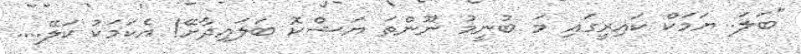
"ބަަލަ. ޔަމަކް ކައިރީގައި މަ ބުނީމު ނޫންތަ ޔަޝްކޮ ބަލައިދާށޭ! އެކަމަކު ކަލޭ....